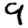
Digit: 9